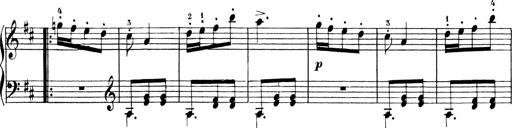
Title: 6 Liedersonatinen
Composer: Carl Reinecke